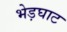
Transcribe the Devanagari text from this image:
भेड़घाट